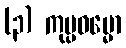
(၃) ကုပ္ပဓမ္မော